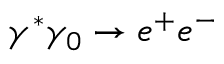
\gamma ^ { * } \gamma _ { 0 } \rightarrow e ^ { + } e ^ { - }